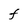
Character: F